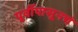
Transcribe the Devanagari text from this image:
पूर्वीपासूनचं